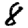
Digit: 8